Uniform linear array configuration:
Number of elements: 12
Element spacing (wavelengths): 1
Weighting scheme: hann
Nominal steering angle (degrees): -30
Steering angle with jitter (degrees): -29.511
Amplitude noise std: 0.05
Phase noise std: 0.05

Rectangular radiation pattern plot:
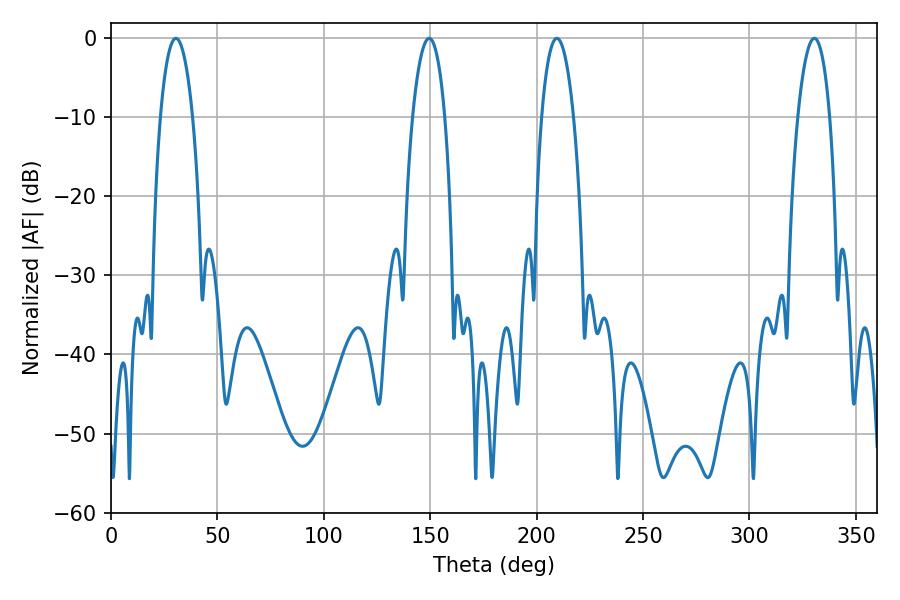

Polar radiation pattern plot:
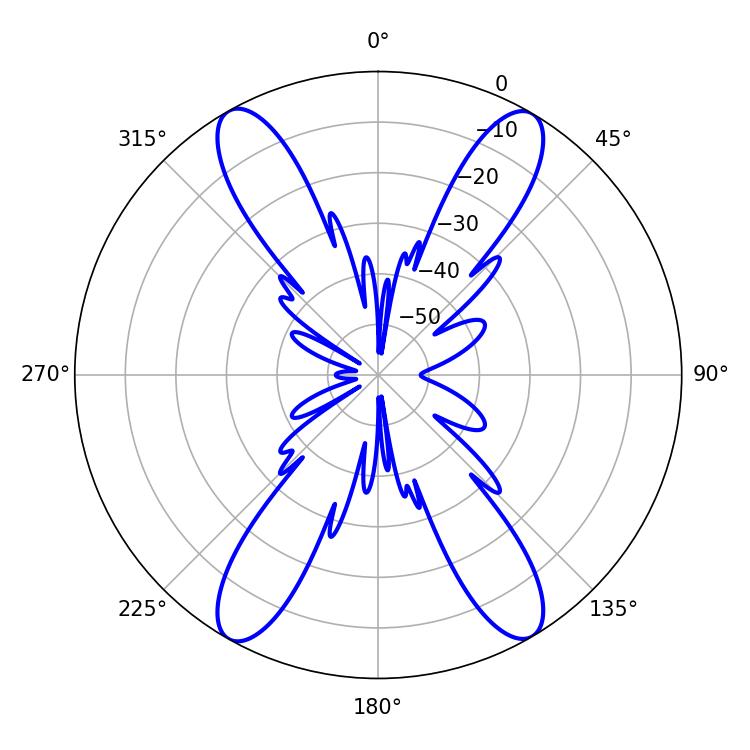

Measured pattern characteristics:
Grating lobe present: TRUE
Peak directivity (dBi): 25.08
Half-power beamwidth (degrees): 8.46
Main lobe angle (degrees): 209.52